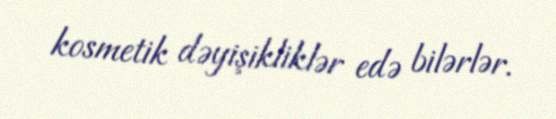
kosmetik dəyişikliklər edə bilərlər.